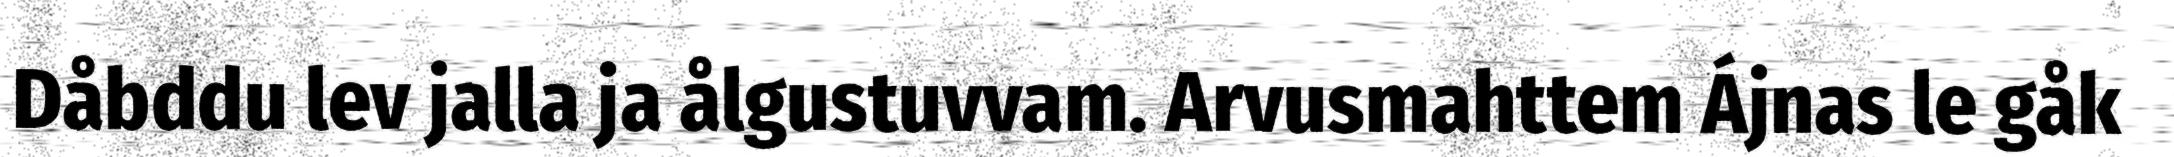
Dåbddu lev jalla ja ålgustuvvam. Arvusmahttem Ájnas le gåk